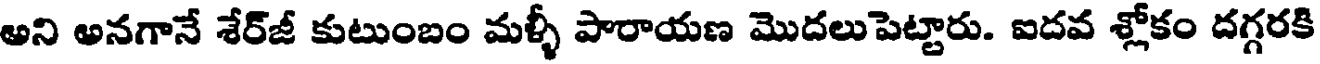
అని అనగానే శేర్జీ కుటుంబం మళ్ళీ పారాయణ మొదలుపెట్టారు. ఐదవ శ్లోకం దగ్గరకి